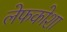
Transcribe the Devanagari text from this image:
लेफकोशा